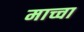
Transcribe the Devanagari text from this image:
माच्चा